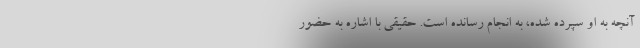
آنچه به او سپرده شده، به انجام رسانده است. حقیقی با اشاره به حضور